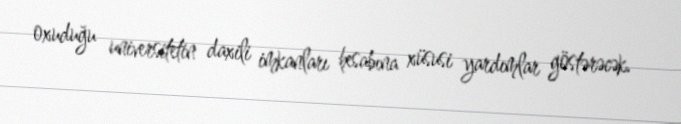
oxuduğu universitetin daxili imkanları hesabına xüsusi yardımlar göstərəcək.